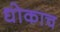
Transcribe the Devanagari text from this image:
धोकाच